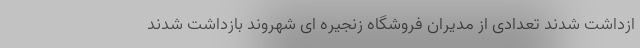
ازداشت شدند تعدادی از مدیران فروشگاه زنجیره ای شهروند بازداشت شدند